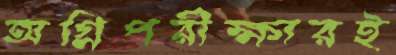
অগ্নিপরীক্ষারই